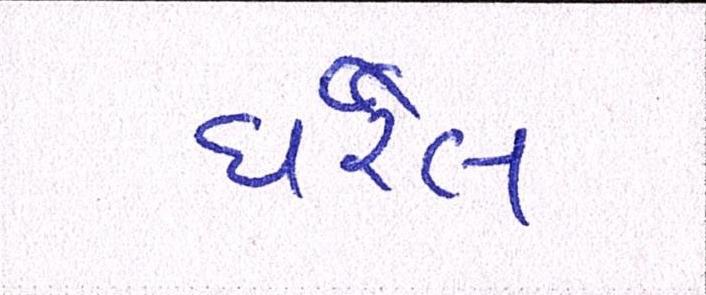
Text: ધરેલ